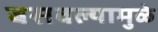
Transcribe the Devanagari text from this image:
बसवल्यामुळे